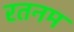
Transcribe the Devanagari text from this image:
रतनम